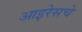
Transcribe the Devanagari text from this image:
आइरेसचे